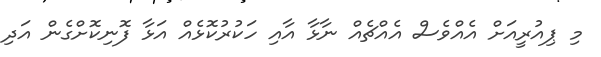
މި ޕިއުރީއަށް އެއްވެސް އެއްޗެއް ނާޅާ އާއި ހަކުރުކޮޅެއް އަޅާ ފޮނިކޮށްގެން އަދި